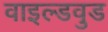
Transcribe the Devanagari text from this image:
वाइल्डवुड